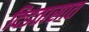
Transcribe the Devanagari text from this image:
दिडतासात